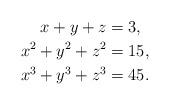
LaTeX: \begin{align*}x+y+z&=3,\\x^2+y^2+z^2&=15,\\x^3+y^3+z^3&=45.\end{align*}